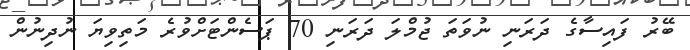
ބޭރު ފައިސާގެ ދަރަނި ނުވަތަ ޖުމްލަ ދަރަނި 70 ޕަސެންޓަށްވުރެ މަތިވިޔަ ނުދިނުން